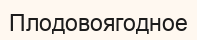
Плодовоягодное